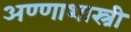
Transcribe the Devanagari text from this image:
अण्णाशास्त्री